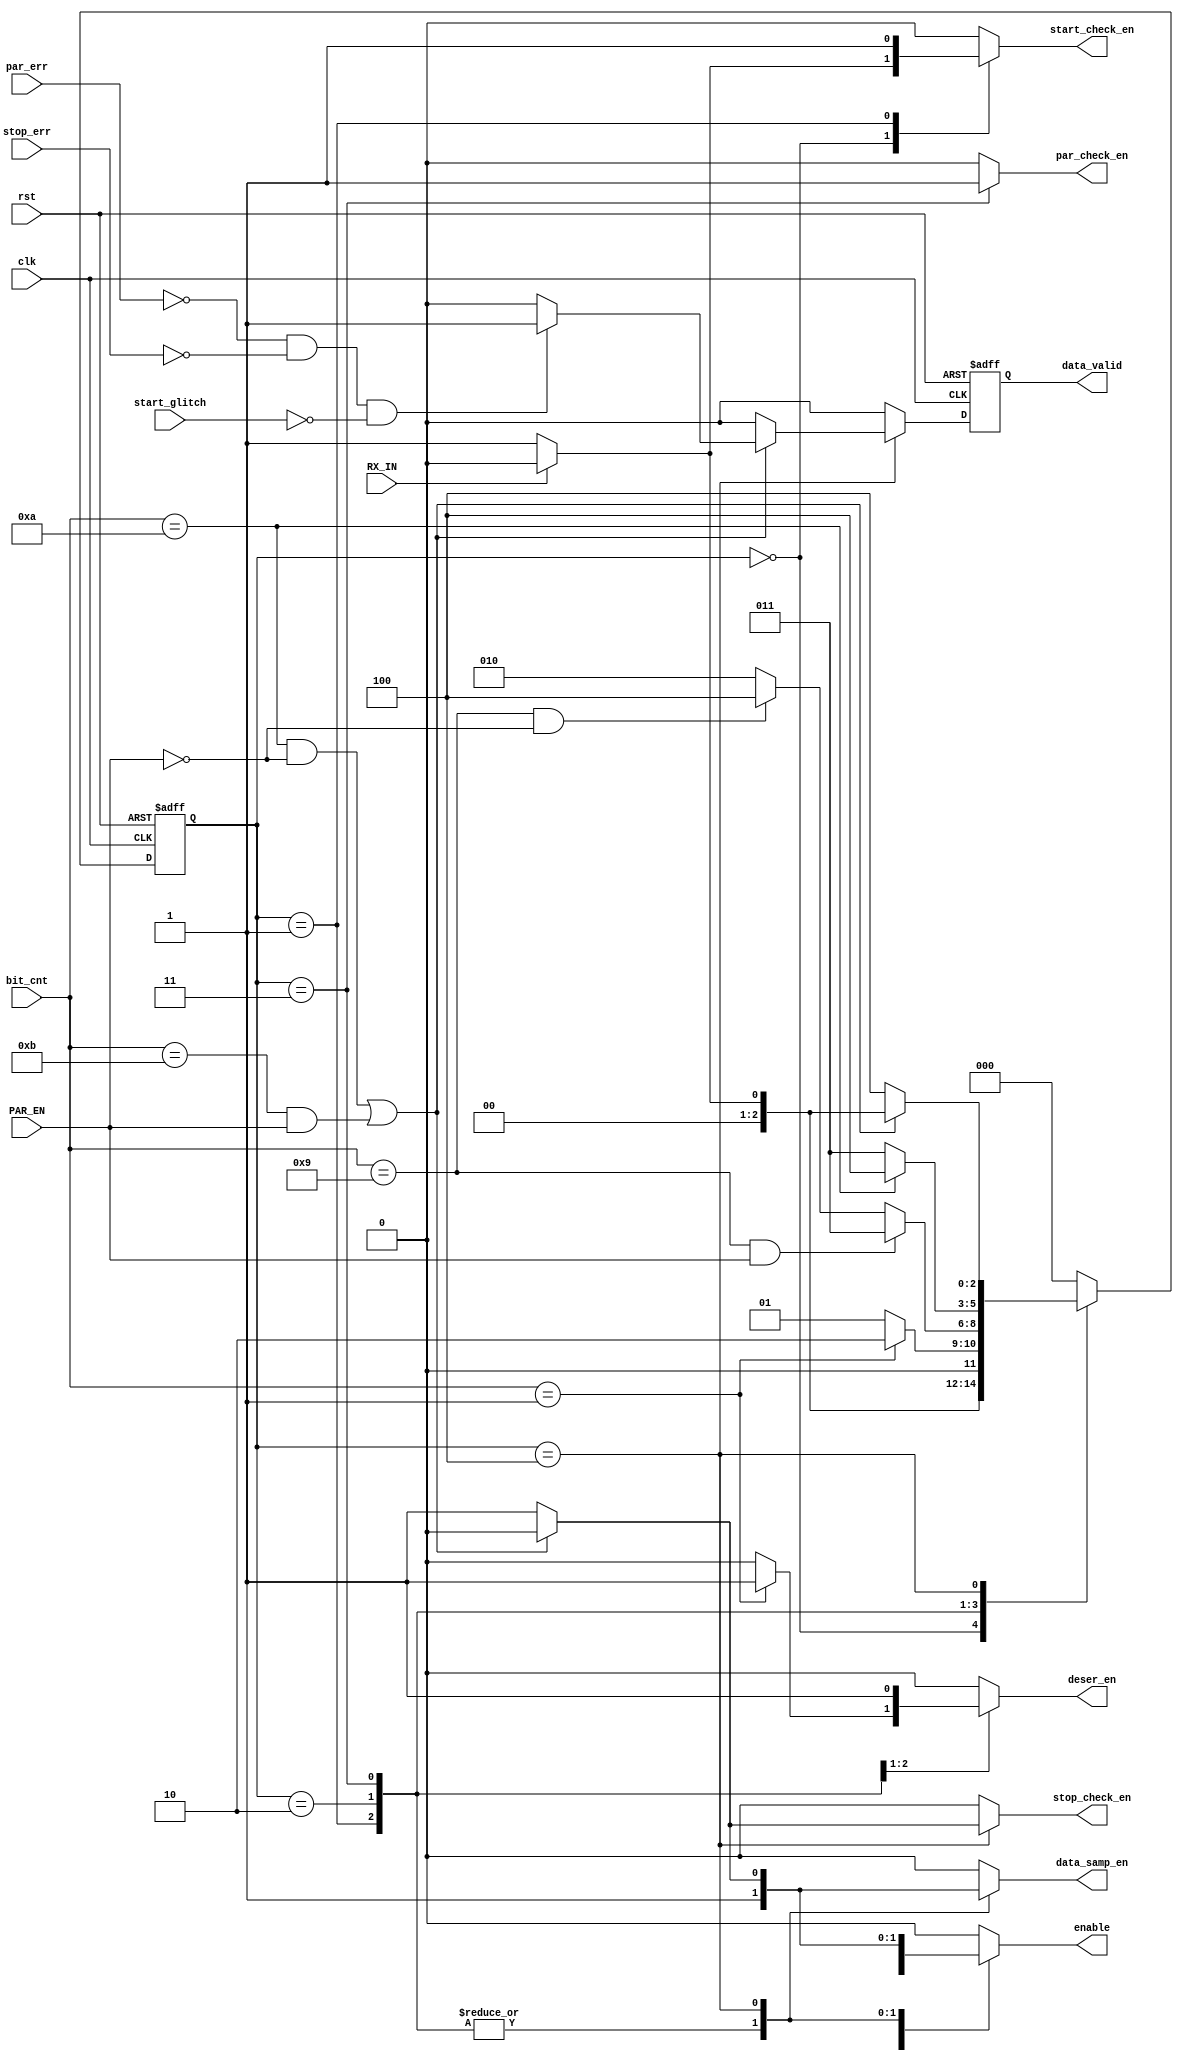
`timescale 1ns / 1ps


module FSM_RX (
    input RX_IN,
    input PAR_EN,
    input par_err,
    input start_glitch,
    input stop_err,
    input [3:0] bit_cnt,
    output reg par_check_en,
    output reg start_check_en,
    output reg stop_check_en,
    output reg deser_en,
    output reg data_valid,
    output reg enable,
    output reg data_samp_en,
    input rst,
    input clk
    );

    parameter state_reg_width = 3;
	parameter [state_reg_width -1 : 0] idle_state = 0 ,
									   start_state = 1 ,
									   data_state = 2 ,
									   parity_state = 3 ,
									   stop_state = 4 ,
									   error_state = 5 ;
									   
	reg [state_reg_width -1 : 0] curr_state , next_state ;
	reg data_valid_c;    
    
//state register
	always @(posedge clk or negedge rst)begin
		if(!rst)
			begin
                curr_state <= idle_state;
			end
		else 
			begin
                curr_state <= next_state;
			end
	end
	
//state logic
    always @(*) begin
        par_check_en = 0;
        start_check_en = 0;
        stop_check_en = 0;
        deser_en = 0;
        data_valid_c = 0;
        enable = 0;
        data_samp_en = 0;
        case(curr_state)
            idle_state:
            begin
                par_check_en = 0;
                start_check_en = 0;
                stop_check_en = 0;
                deser_en = 0;
                data_valid_c = 0;
                enable = 0;
                data_samp_en = 0;            
                if (RX_IN==0) begin
                enable = 1;
                next_state = start_state;
                start_check_en = 1;               
                end
                else next_state = idle_state;
            end
            start_state:
            begin
                par_check_en = 0;
                start_check_en = 1;
                stop_check_en = 0;
                deser_en = 0;
                data_valid_c = 0;
                enable = 1;
                data_samp_en = 1;
                if(bit_cnt == 1)begin
                 deser_en = 1;
                 next_state = data_state;
                 end
                else next_state = start_state;
            end
            data_state:
            begin
                par_check_en = 0;
                start_check_en = 0;
                stop_check_en = 0;
                deser_en = 1;
                data_valid_c = 0;
                enable = 1;
                data_samp_en = 1;
                if (bit_cnt == 9 && PAR_EN == 1) next_state = parity_state;
                else if (bit_cnt == 9 && PAR_EN == 0) next_state = stop_state;           
                else next_state = data_state;
            end            
            parity_state:
            begin
                par_check_en = 1;
                start_check_en = 0;
                stop_check_en = 0;
                deser_en = 0;
                data_valid_c = 0;
                enable = 1;
                data_samp_en = 1; 
                if (bit_cnt == 10) next_state = stop_state;
                else next_state = parity_state;           
            end
            stop_state:
            begin
                par_check_en = 0;
                start_check_en = 0;
                stop_check_en = 1;
                deser_en = 0;
                data_valid_c = 0;
                enable = 1;
                data_samp_en = 1; 
                if ((bit_cnt==10 && PAR_EN==0) || (bit_cnt==11 && PAR_EN==1)) begin
					//next_state = error_state ;
					 enable = 0;
					 stop_check_en = 0;
					 data_samp_en = 0; 
					if (!par_err && !stop_err && !start_glitch) begin 
						data_valid_c = 1;
						if(RX_IN) next_state = idle_state;
						else next_state = start_state;
					end
					else begin
						data_valid_c = 0;
						if(RX_IN) next_state = idle_state;
						else next_state = start_state;                   
					end					
				end
                else next_state = stop_state;                      
            end
           
            default:
            begin
                par_check_en = 0;
                start_check_en = 0;
                stop_check_en = 0;
                deser_en = 0;
                data_valid_c = 0;
                enable = 0;
                data_samp_en = 0;
                next_state = idle_state;         
            end
        endcase 
    end
    
//register output 
always @ (posedge clk or negedge rst)
 begin
  if(!rst)
   begin
    data_valid <= 1'b0 ;
   end
  else
   begin
    data_valid <= data_valid_c ;
   end
 end
     
endmodule